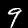
Digit: 9